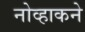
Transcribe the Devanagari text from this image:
नोव्हाकने